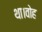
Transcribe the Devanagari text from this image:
था।वोह